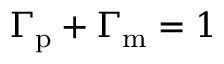
\Gamma _ { \mathrm { p } } + \Gamma _ { \mathrm { m } } = 1